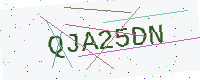
Text: QJA25DN